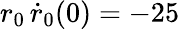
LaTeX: r_{0}\, \dot{r}_{0}(0)=-25